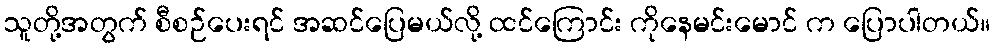
သူတို့အတွက် စီစဉ်ပေးရင် အဆင်ပြေမယ်လို့ ထင်ကြောင်း ကိုနေမင်းမောင် က ပြောပါတယ်။